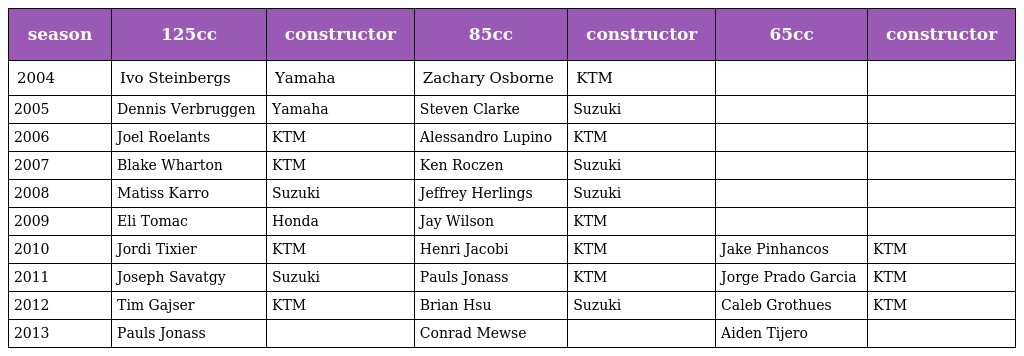
| season | 125cc | constructor | 85cc | constructor | 65cc | constructor |
 | --- | --- | --- | --- | --- | --- | --- |
 | 2004 | Ivo Steinbergs | Yamaha | Zachary Osborne | KTM |  |  |
 | 2005 | Dennis Verbruggen | Yamaha | Steven Clarke | Suzuki |  |  |
 | 2006 | Joel Roelants | KTM | Alessandro Lupino | KTM |  |  |
 | 2007 | Blake Wharton | KTM | Ken Roczen | Suzuki |  |  |
 | 2008 | Matiss Karro | Suzuki | Jeffrey Herlings | Suzuki |  |  |
 | 2009 | Eli Tomac | Honda | Jay Wilson | KTM |  |  |
 | 2010 | Jordi Tixier | KTM | Henri Jacobi | KTM | Jake Pinhancos | KTM |
 | 2011 | Joseph Savatgy | Suzuki | Pauls Jonass | KTM | Jorge Prado Garcia | KTM |
 | 2012 | Tim Gajser | KTM | Brian Hsu | Suzuki | Caleb Grothues | KTM |
 | 2013 | Pauls Jonass |  | Conrad Mewse |  | Aiden Tijero |  |